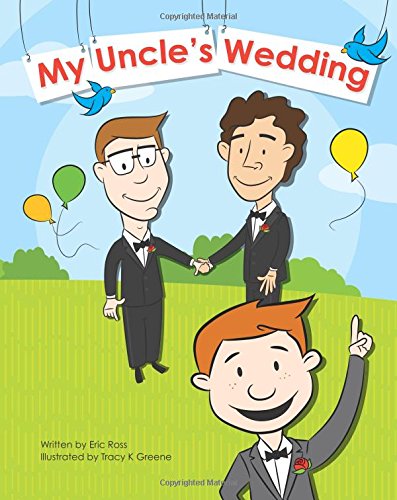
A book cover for My Uncle's Wedding; Eric Ross; Gay & Lesbian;